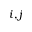
i , j